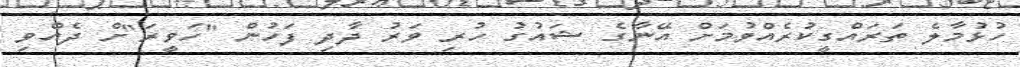
ހުޅުމާލެ ތަރައްގީކުރެއްވުމަށް އޭނާގެ ޝައުގު ހުރި ވަރު ދާދި ފަހުން "ހަވީރަ"ށް ދެއްވި